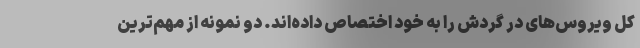
کل ویروس‌های در گردش را به خود اختصاص داده‌اند. دو نمونه از مهم‌ترین